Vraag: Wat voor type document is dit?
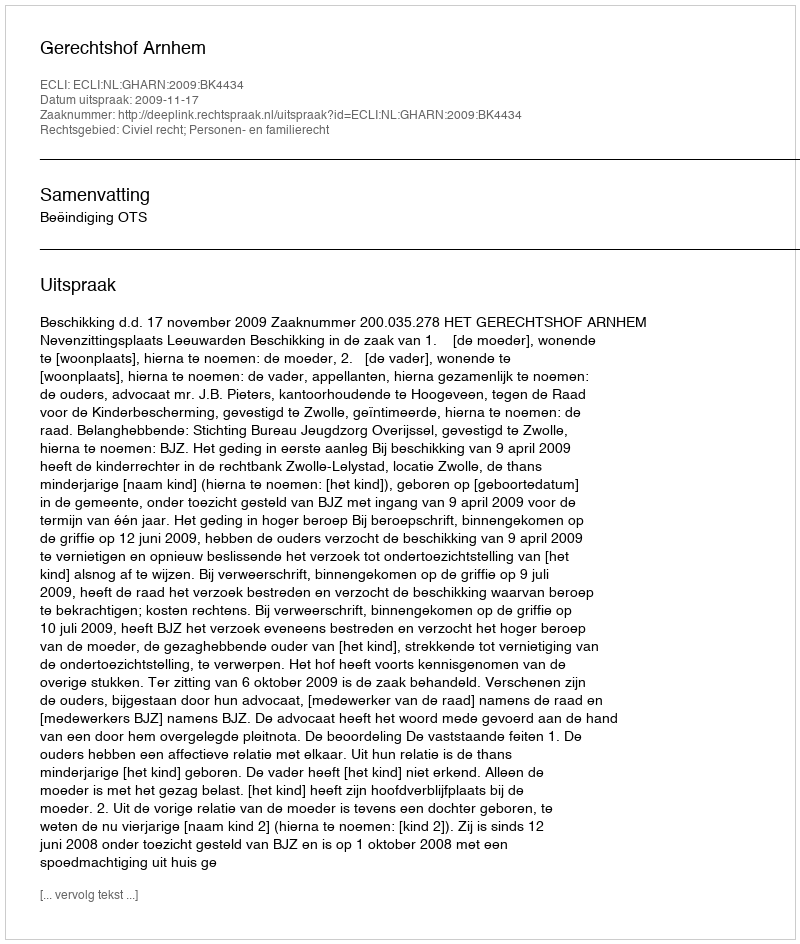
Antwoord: Uitspraak